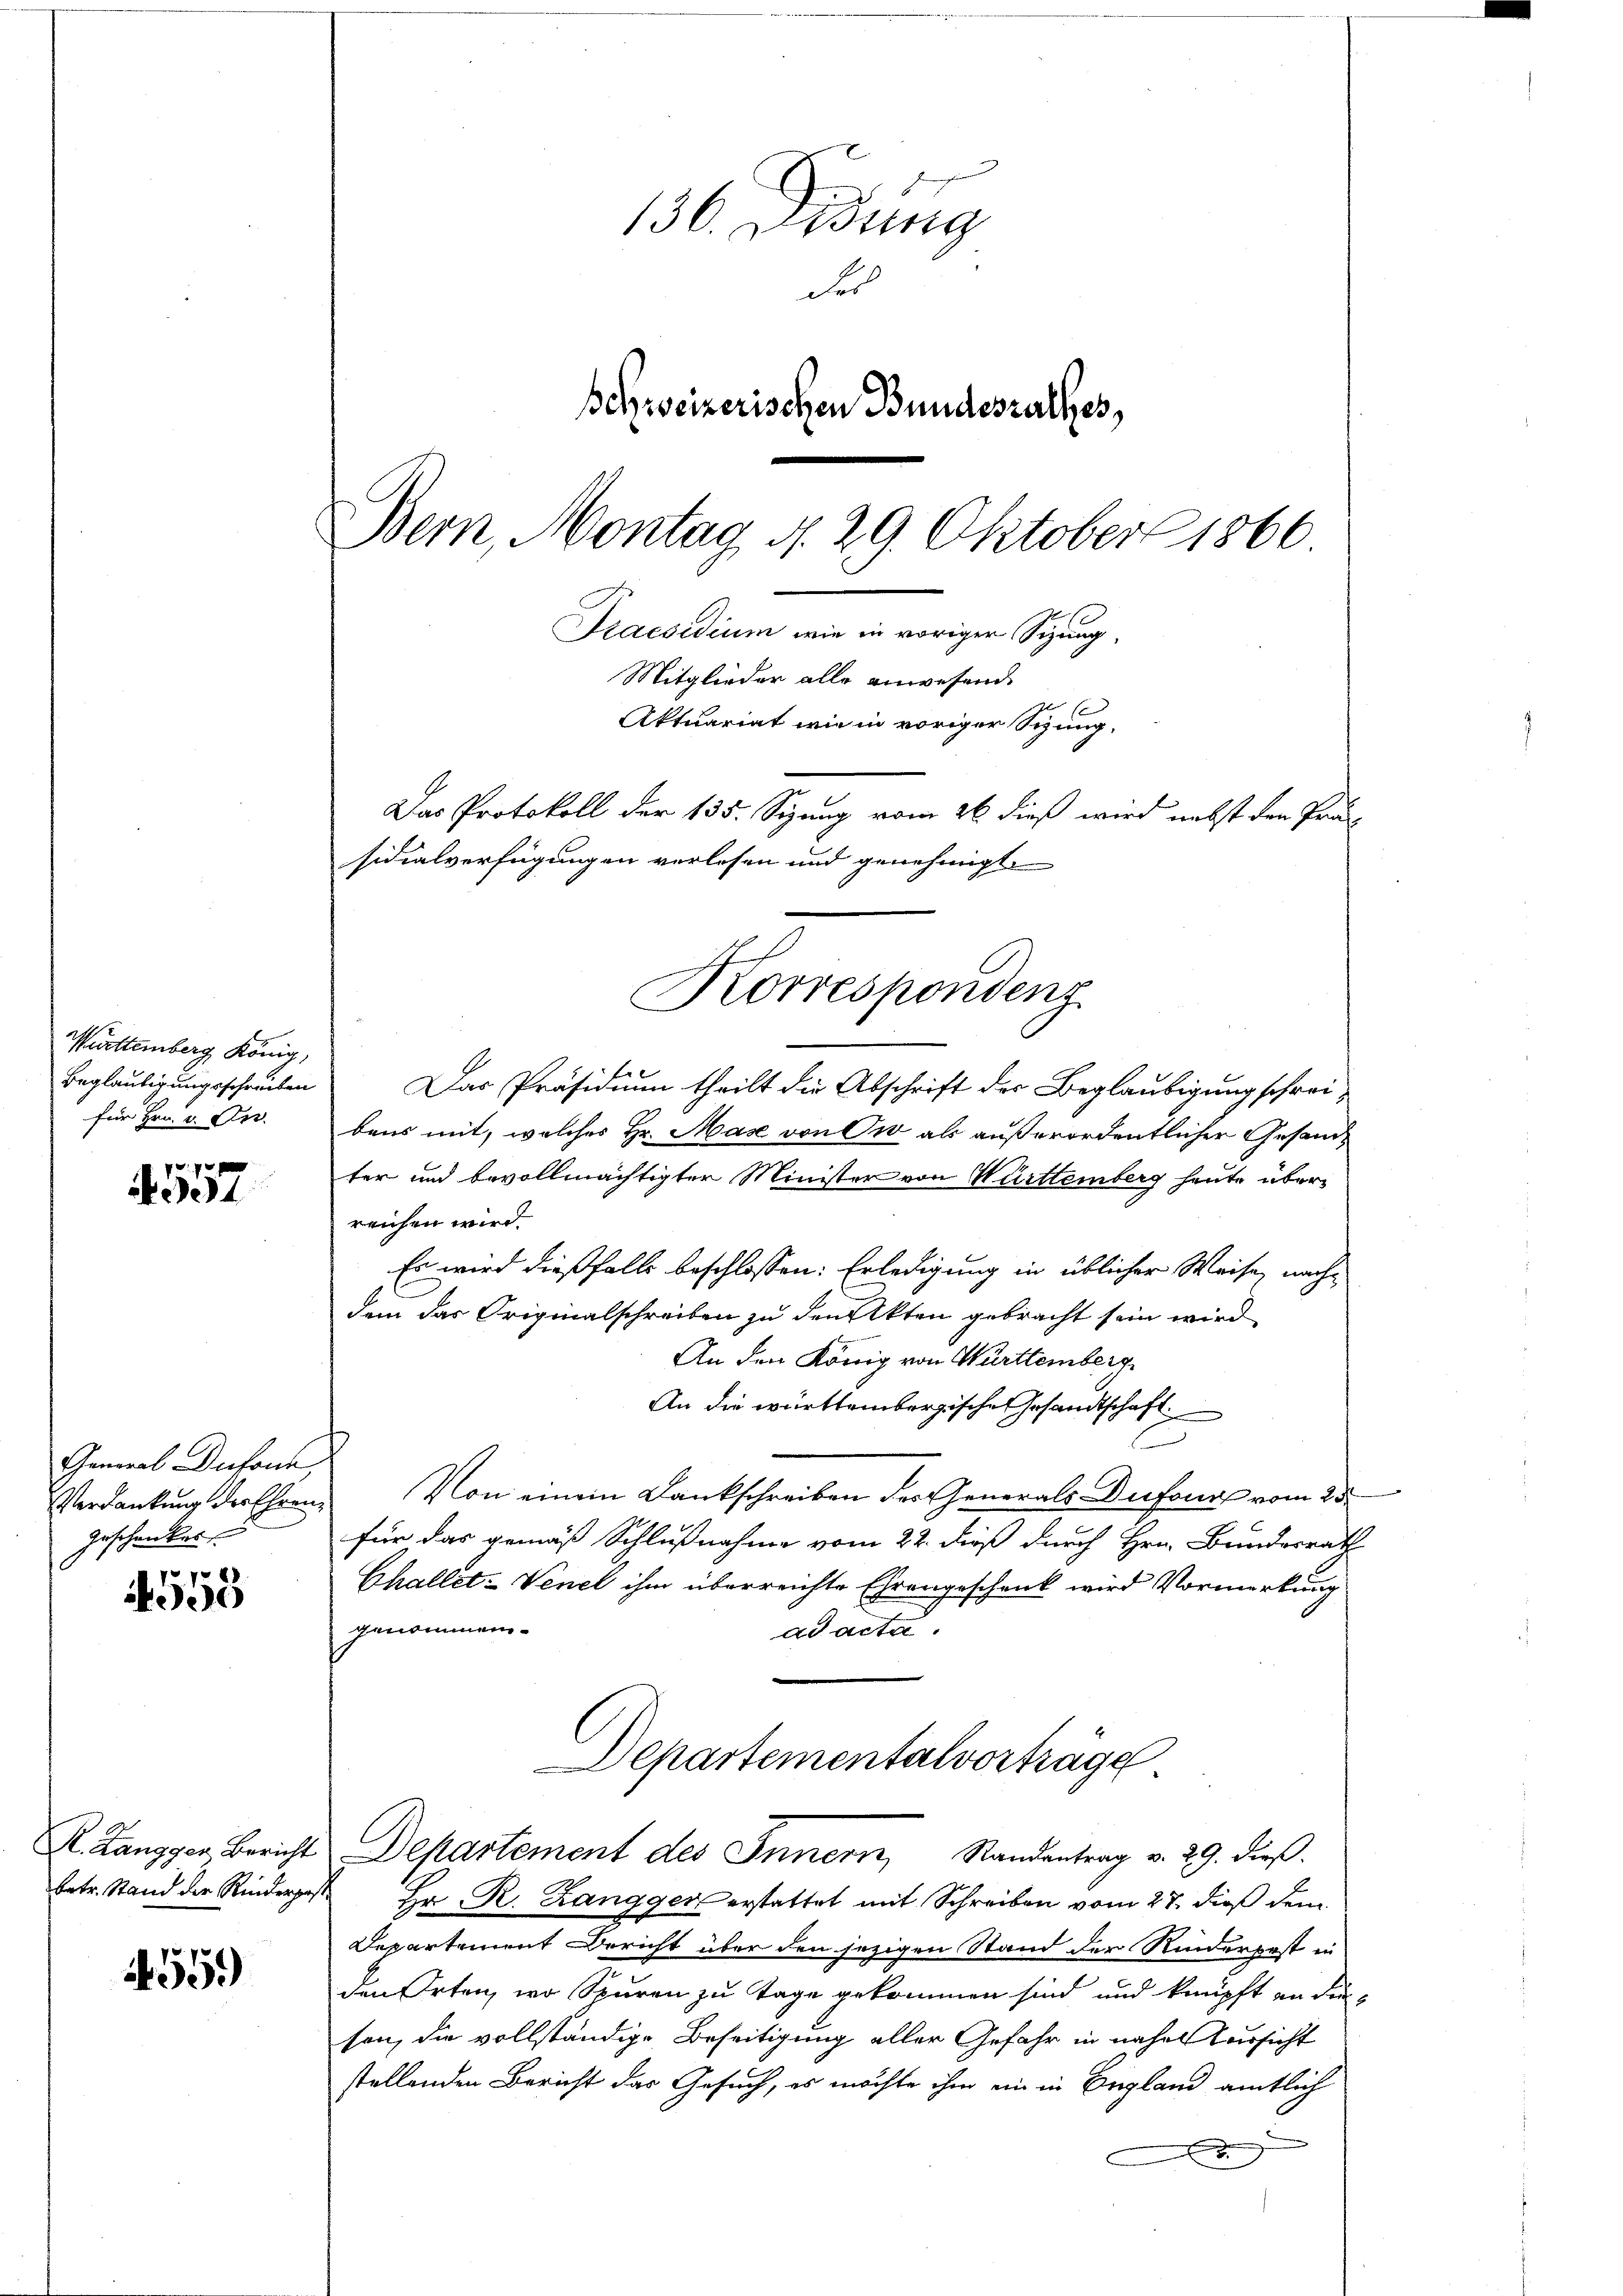
Württemberg König,
Beglaubigungsschreiben
für Hrn. v. Dez.

4557

General Dufonn
Geschenker

4558

55.)

136. Didung
Ser
Schweizerischen Bundesrathes,
Bern, Montag d. 29. Oktober 1866.
Praesidium wie in voriger Sizung,
Mitglieder alle anwesend
Aktuariat wie in voriger Sigung,
Das Protokoll der 135. Sizung vom 26. dieß wird nebst den Präsidialverfügungen verlesen und genehmigt.

e
Das Präsidium theilt die Abschrift der Beglaubigung schreibens mit, welches Hr. Mase von Ow als außerordentlicher Gesandter und bevollmächtigter Minister von Württemberg heute überreichen wird.
Es wird dießfalls beschlossen: Erledigung in üblicher Weise, nachdem das Originalschreiben zu den Akten gebracht sein wird
An den König von Württemberg
An die württembergische Gesandtschaft.
C
Verdankung der Ehren. Von einem Dankschreiben des Generals Dufours vom 25.
für das gemäß Schlußnahme vom 22. dieß durch Hrn. Bundesrath
Challet-Venet ihm überreichte Ehrengeschenk wird Vormerkung
genommen.
ad acte
Departementalvorträge
K. Langger, Bericht Departement des Innern, Standentrag v. 29. dieβ.
betr. Stand der Rinderes Hr. R. Zangger erstattet mit Schreiben vom 27. dieß dem
Departement Bericht über den jezigen Stand der Kinderpest in
den Orten, wo Spuren zu Tage gekommen sind und knüpft an die
son, die vollständige Beseitigung aller Gefahr in nahel Vorsicht
stellenden Bericht das Gesuch, es möchte ihm ein in Begland amtlich

Korrespondenz